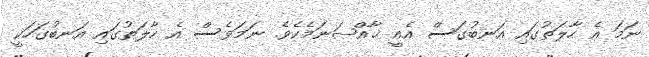
ނަމަ އެ ހާލަތުގައި އަނބުގަސް އެއީ ޚާއްޞަނަމެކެވެ. ނަމަވެސް އެ ހާލަތުގައި އަނބުގަހަކީ